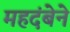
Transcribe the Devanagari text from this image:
महदंबेने